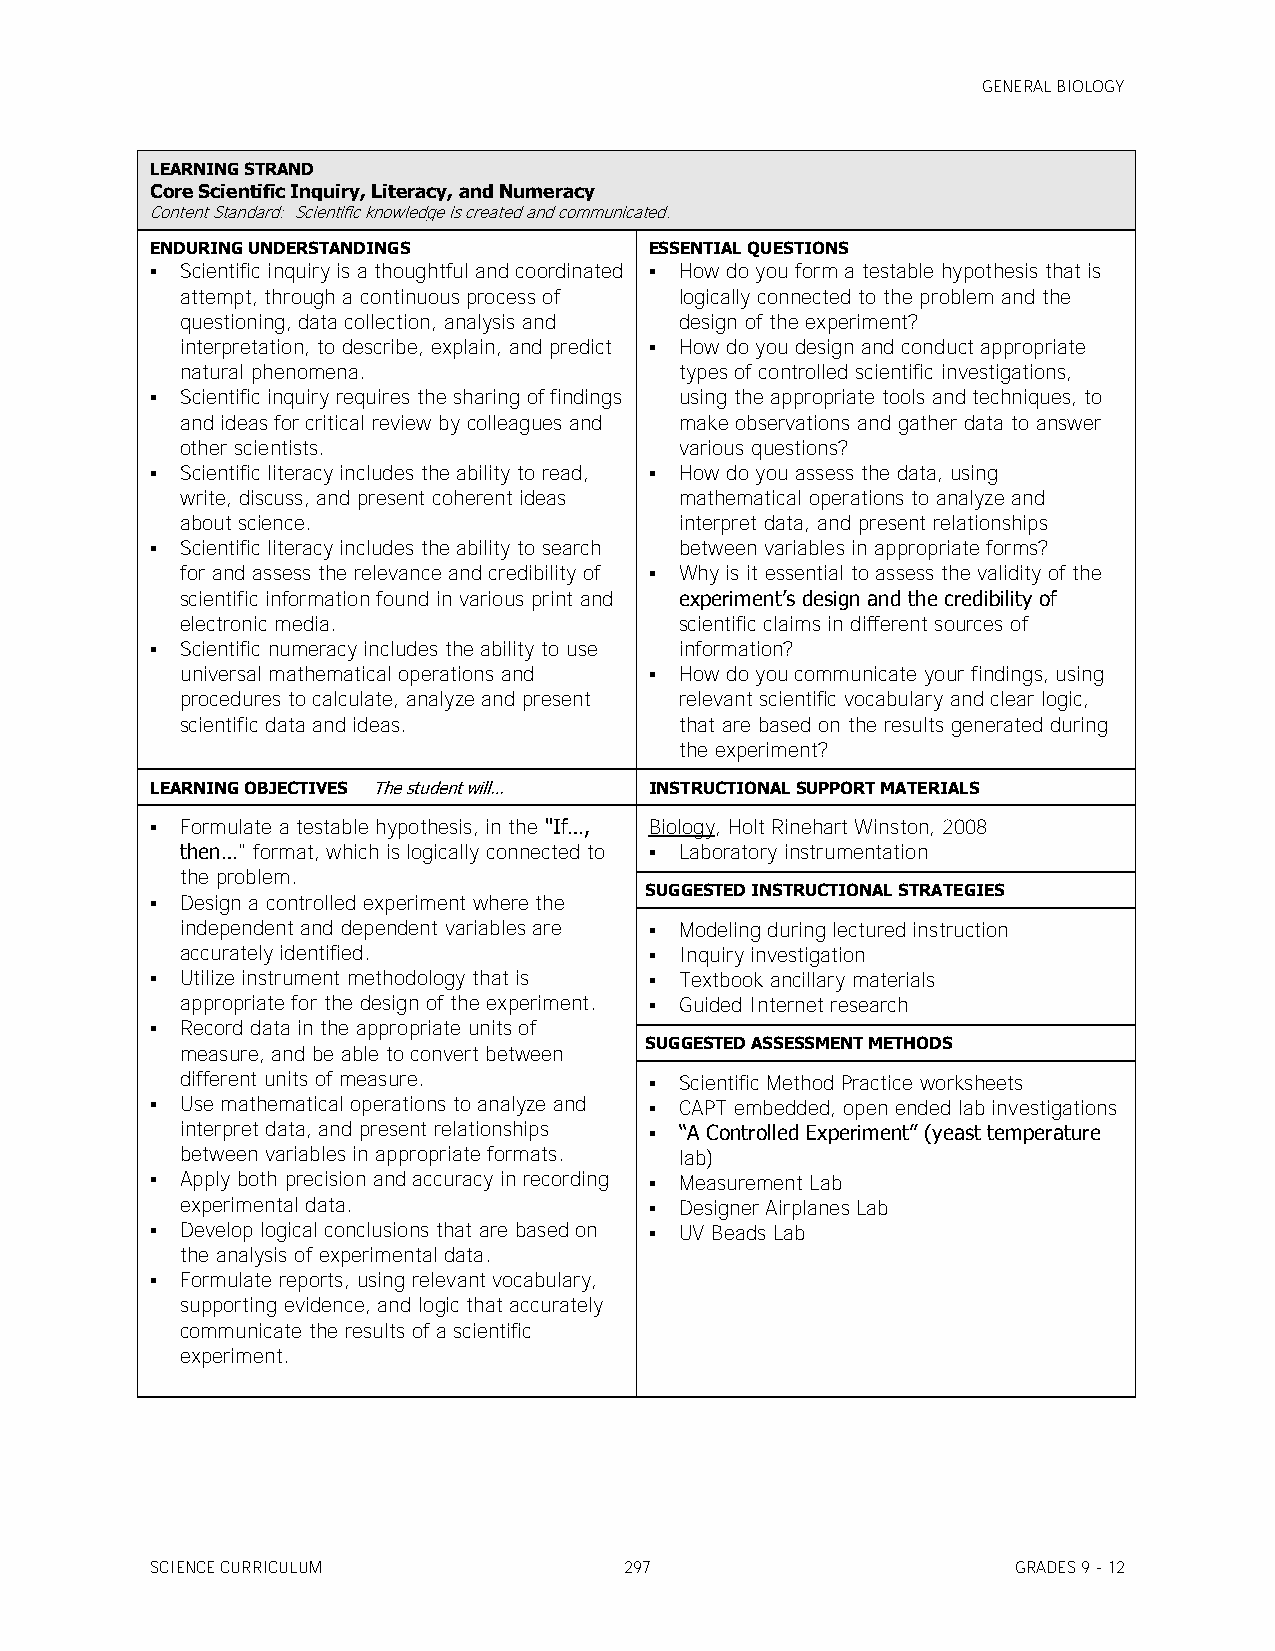
GENERAL BIOLOGY
 LEARNING STRAND
 Core Scientific Inquiry, Literacy, and Numeracy
 Content Standard: Scientific knowledge is created and communicated.
 ENDURING UNDERSTANDINGS          ESSENTIAL QUESTIONS
  Scientific inquiry is a thoughtful and coordinated  How do you form a testable hypothesis that is
 attempt, through a continuous process of logically connected to the problem and the
 questioning, data collection, analysis and design of the experiment?
 interpretation, to describe, explain, and predict  How do you design and conduct appropriate
 natural phenomena.               types of controlled scientific investigations,
  Scientific inquiry requires the sharing of findings using the appropriate tools and techniques, to
 and ideas for critical review by colleagues and make observations and gather data to answer
 other scientists.                various questions?
  Scientific literacy includes the ability to read,  How do you assess the data, using
 write, discuss, and present coherent ideas mathematical operations to analyze and
 about science.                   interpret data, and present relationships
  Scientific literacy includes the ability to search between variables in appropriate forms?
 for and assess the relevance and credibility of  Why is it essential to assess the validity of the
 scientific information found in various print and experiment’s design and the credibility of
 electronic media.                scientific claims in different sources of
  Scientific numeracy includes the ability to use information?
 universal mathematical operations and  How do you communicate your findings, using
 procedures to calculate, analyze and present relevant scientific vocabulary and clear logic,
 scientific data and ideas.       that are based on the results generated during
 the experiment?
 LEARNING OBJECTIVES The student will… INSTRUCTIONAL SUPPORT MATERIALS
  Formulate a testable hypothesis, in the "If…, Biology, Holt Rinehart Winston, 2008
 then…" format, which is logically connected to  Laboratory instrumentation
 the problem.
 SUGGESTED INSTRUCTIONAL STRATEGIES
  Design a controlled experiment where the
 independent and dependent variables are  Modeling during lectured instruction
 accurately identified.          Inquiry investigation
  Utilize instrument methodology that is  Textbook ancillary materials
 appropriate for the design of the experiment.  Guided Internet research
  Record data in the appropriate units of
 SUGGESTED ASSESSMENT METHODS
 measure, and be able to convert between
 different units of measure.     Scientific Method Practice worksheets
  Use mathematical operations to analyze and  CAPT embedded, open ended lab investigations
 interpret data, and present relationships  ―A Controlled Experiment‖ (yeast temperature
 between variables in appropriate formats. lab)
  Apply both precision and accuracy in recording  Measurement Lab
 experimental data.              Designer Airplanes Lab
  Develop logical conclusions that are based on  UV Beads Lab
 the analysis of experimental data.
  Formulate reports, using relevant vocabulary,
 supporting evidence, and logic that accurately
 communicate the results of a scientific
 experiment.
 SCIENCE CURRICULUM             297                       GRADES 9 - 12